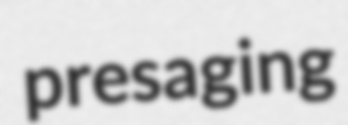
presaging